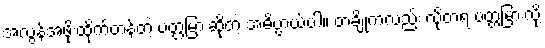
အလွန်အဖိုးထိုက်တန်တဲ့ ပတ္တမြားဆိုတဲ့ အဓိပ္ပာယ်ပါ။ တချို့ကလည်း လိုတရ ပတ္တမြားလို့